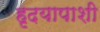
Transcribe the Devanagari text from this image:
हृदयापाशी